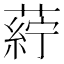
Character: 𮐸